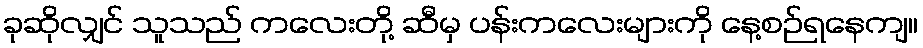
ခုဆိုလျှင် သူသည် ကလေးတို့ ဆီမှ ပန်းကလေးများကို နေ့စဉ်ရနေကျ။